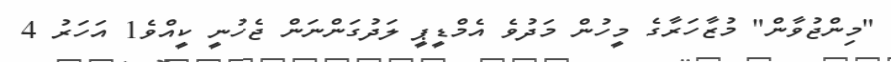
"މިންޖުވާން" މުޒާހަރާގެ މީހުން މަދުވެ އެމްޑީޕީ ލަދުގަންނަން ޖެހުނީ ކީއްވެ1 އަހަރު 4